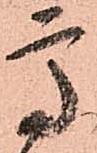
高